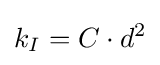
k_{I}=C\cdot d^{2}